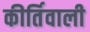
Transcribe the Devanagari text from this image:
कीर्तिवाली